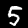
Label: 5